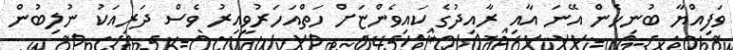
ވަފިއްޔާ ބުނިހެން އޭނަ އާއި ރާއިދުގެ ކައިވެންޏަށް ހަތްއަހަރުވީއިރު ވެސް ދަރިއަކު ނުލިބުން